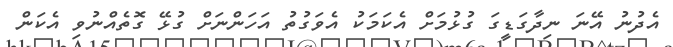
އެދުނު އޭނަ ނިދާގަޑީގަ ގުޅުމަށް އެކަމަކު އެވަގުތު އަހަންނަށް ގުޅޭ ގޮތެއްނުވި އެކަން